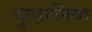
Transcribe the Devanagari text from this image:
दुल्हरनिया